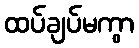
ထပ်ချပ်မကွာ